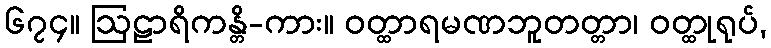
၆၇၄။ ဩဠာရိကန္တိ-ကား။ ဝတ္ထာရမဏဘူတတ္တာ၊ ဝတ္ထုရုပ်,